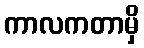
ကာလကတာမှိ